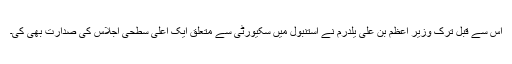
اس سے قبل ترک وزیر اعظم بن علی یلدرم نے استنبول میں سکیورٹی سے متعلق ایک اعلی سطٰحی اجلاس کی صدارت بھی کی۔